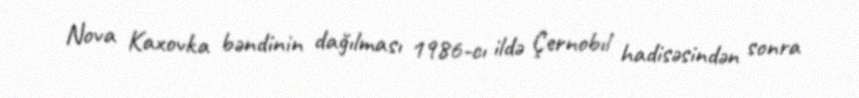
Nova Kaxovka bəndinin dağılması 1986-cı ildə Çernobıl hadisəsindən sonra